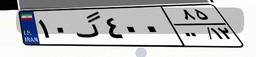
۱۰گ۴۰۰۸۵